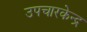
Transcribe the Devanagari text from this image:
उपचारकेन्द्र